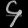
Digit: ၄